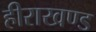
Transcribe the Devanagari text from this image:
हीराखण्ड